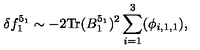
\delta f _ { 1 } ^ { 5 _ { 1 } } \sim - 2 \mathrm { T r } ( B _ { 1 } ^ { 5 _ { 1 } } ) ^ { 2 } \sum _ { i = 1 } ^ { 3 } ( \phi _ { i , 1 , 1 } ) ,